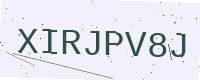
Text: XIRJPV8J